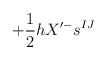
\begin{align*} + \frac{1}{2} h X'^- s^{IJ} \,\end{align*}